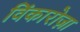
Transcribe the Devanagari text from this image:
विंकारोज़ा